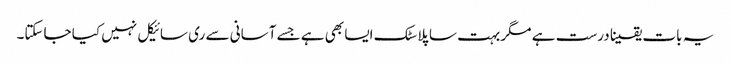
یہ بات یقینا درست ہے مگر بہت سا پلاسٹک ایسا بھی ہے جسے آسانی سے ری سائیکل نہیں کیا جاسکتا۔